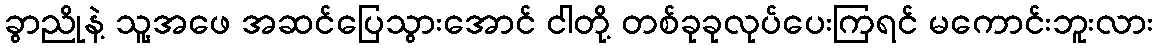
ခွာညိုနဲ့ သူ့အဖေ အဆင်ပြေသွားအောင် ငါတို့ တစ်ခုခုလုပ်ပေးကြရင် မကောင်းဘူးလား